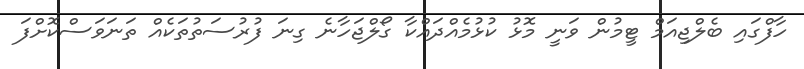
ހާފްގައި ބެލްޖިއަމް ޓީމުން ވަނީ މޮޅު ކުޅުމެއްދައްކާ ގޯލްޖަހާނެ ގިނަ ފުރުސަތުތަކެއް ތަނަވަސްކޮށްފަ